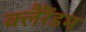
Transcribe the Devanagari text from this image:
क्लैंरेंडम